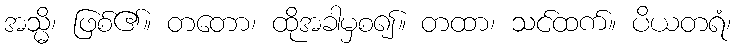
အသ္မိ၊ ဖြစ်၏။ တတော၊ ထိုအခါမှစ၍။ တထာ၊ သင်ထက်။ ပိယတရံ၊